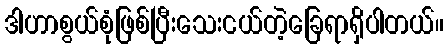
ဒါဟာစွယ်စုံဖြစ်ပြီးသေးငယ်တဲ့ခြေရာရှိပါတယ်။